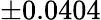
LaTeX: \pm 0.0404